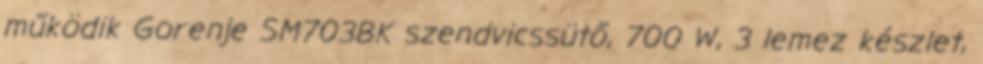
működik Gorenje SM703BK szendvicssütő, 700 W, 3 lemez készlet,